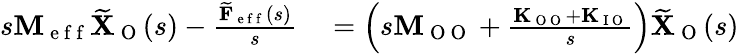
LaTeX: \begin{array}{rl}{s\mathbf{M}_{\mathrm{~e~f~f~}}\widetilde{\mathbf{X}}_{\mathrm{~O~}}(s)-\frac{\widetilde{\mathbf{F}}_{\mathrm{~e~f~f~}}(s)}{s}}&{{}=\left(s\mathbf{M}_{\mathrm{~O~O~}}+\frac{\mathbf{K}_{\mathrm{~O~O~}}+\mathbf{K}_{\mathrm{~I~O~}}}{s}\right)\widetilde{\mathbf{X}}_{\mathrm{~O~}}(s)}\end{array}